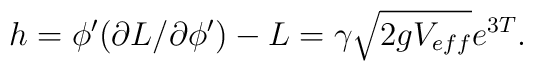
h=\phi'(\partial L/\partial\phi')-L=\gamma\sqrt{2gV_{eff}} e^{3T}.